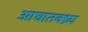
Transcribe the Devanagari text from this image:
आघातवध्र्य